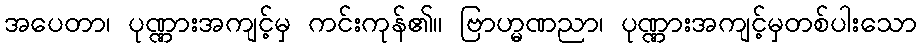
အပေတာ၊ ပုဏ္ဏားအကျင့်မှ ကင်းကုန်၏။ ဗြာဟ္မဏညာ၊ ပုဏ္ဏားအကျင့်မှတစ်ပါးသော